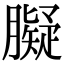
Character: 𦡸